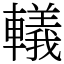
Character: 轙